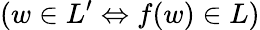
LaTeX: (w\in L^{\prime}\Leftrightarrow f(w)\in L)